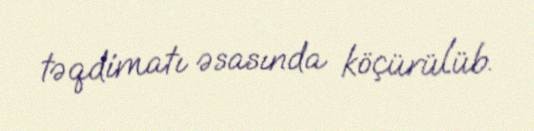
təqdimatı əsasında köçürülüb.